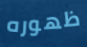
ظهوره